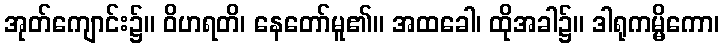
အုတ်ကျောင်း၌။ ဝိဟရတိ၊ နေတော်မူ၏။ အထခေါ၊ ထိုအခါ၌။ ဒါရုကမ္မိကော၊